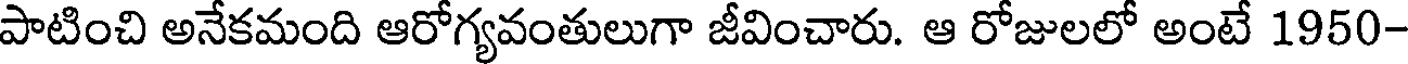
పాటించి అనేకమంది ఆరోగ్యవంతులుగా జీవించారు. ఆ రోజులలో అంటే 1950-